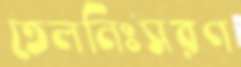
তেলনিঃসরণ